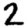
Digit: 2